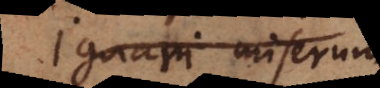
Ignari miserum